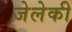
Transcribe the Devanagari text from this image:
जेलेकी